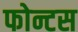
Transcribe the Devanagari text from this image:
फोन्टस